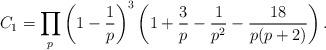
LaTeX: \begin{align*}C_1=\prod_{p}\left(1-\frac{1}{p}\right)^3\left(1+\frac{3}{p}-\frac{1}{p^2}-\frac{18}{p(p+2)}\right).\end{align*}